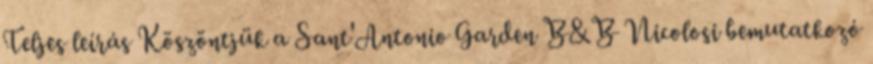
Teljes leírás Köszöntjük a Sant'Antonio Garden B&B Nicolosi bemutatkozó